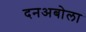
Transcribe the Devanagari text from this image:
दनअबोला